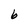
Character: b